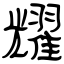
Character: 耀